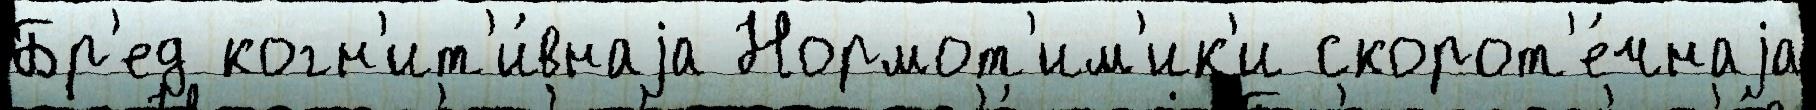
Бр'ед когн'ит'и́внаjа Нормот'им'ик'и скорот'е́чнаjа